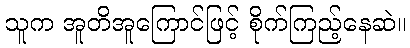
သူက အူတိအူကြောင်ဖြင့် စိုက်ကြည့်နေဆဲ။